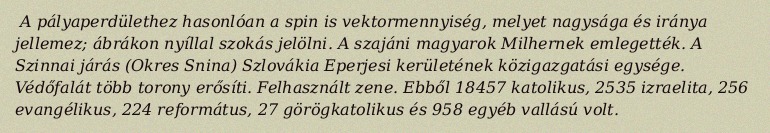
A pályaperdülethez hasonlóan a spin is vektormennyiség, melyet nagysága és iránya jellemez; ábrákon nyíllal szokás jelölni. A szajáni magyarok Milhernek emlegették. A Szinnai járás (Okres Snina) Szlovákia Eperjesi kerületének közigazgatási egysége. Védőfalát több torony erősíti. Felhasznált zene. Ebből 18457 katolikus, 2535 izraelita, 256 evangélikus, 224 református, 27 görögkatolikus és 958 egyéb vallású volt.